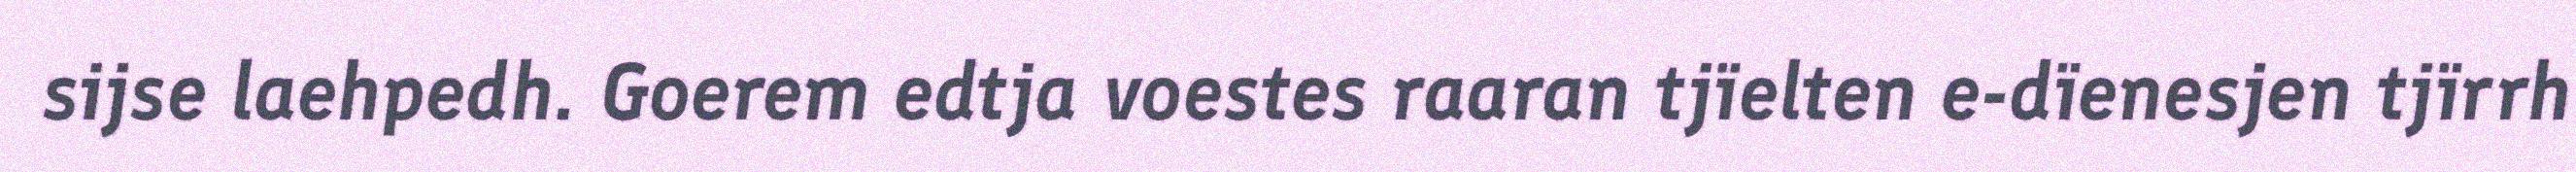
sijse laehpedh. Goerem edtja voestes raaran tjïelten e-dïenesjen tjïrrh